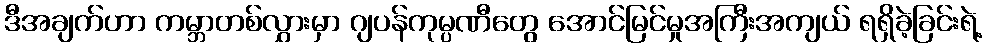
ဒီအချက်ဟာ ကမ္ဘာတစ်လွှားမှာ ဂျပန်ကုမ္ပဏီတွေ အောင်မြင်မှုအကြီးအကျယ် ရရှိခဲ့ခြင်းရဲ့